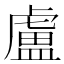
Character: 盧